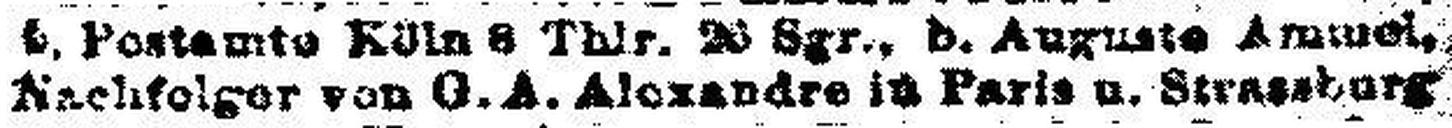
Nachfolger von G. A. Alexandre in Paris u. Stressburg